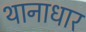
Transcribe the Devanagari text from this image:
थानाधार